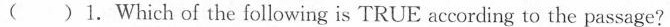
( )1.Which of the following is TRUE according to the passage?